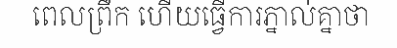
ពេលព្រឹក ហើយធ្វើការភ្នាល់គ្នាថា